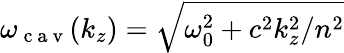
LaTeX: \omega_{\mathrm{~c~a~v~}}(k_{z})=\sqrt{\omega_{0}^{2}+c^{2}k_{z}^{2}/n^{2}}